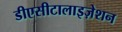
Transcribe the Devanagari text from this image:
डीएसीटालाइज़ेशन